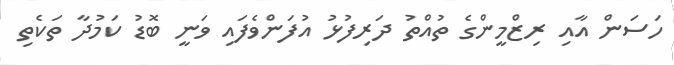
ހަސަން އާއި ރިޒްމީންގެ ތުއްތު ދަރިފުޅު އުފަންވެފައި ވަނީ ބޮޑު ކަމުދާ ތަކެތި